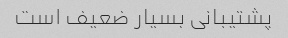
پشتیبانی بسیار ضعیف است